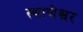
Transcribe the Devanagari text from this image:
स्थाणेश्वर